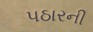
પઠારની